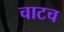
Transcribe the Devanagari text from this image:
चाटच